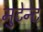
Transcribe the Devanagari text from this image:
मुटेन्ट